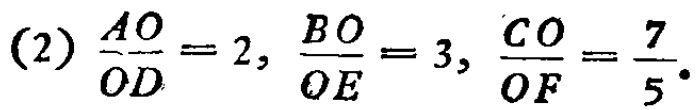
(2) \(\frac{AO}{OD}=2,\frac{BO}{OE}=3,\frac{CO}{OF}=\frac{7}{5}\).